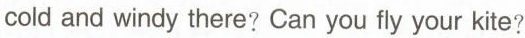
cold and windy there? Can you fly your kite?